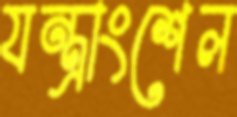
যন্ত্রাংশেল